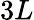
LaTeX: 3L